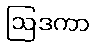
ဩဒကာ